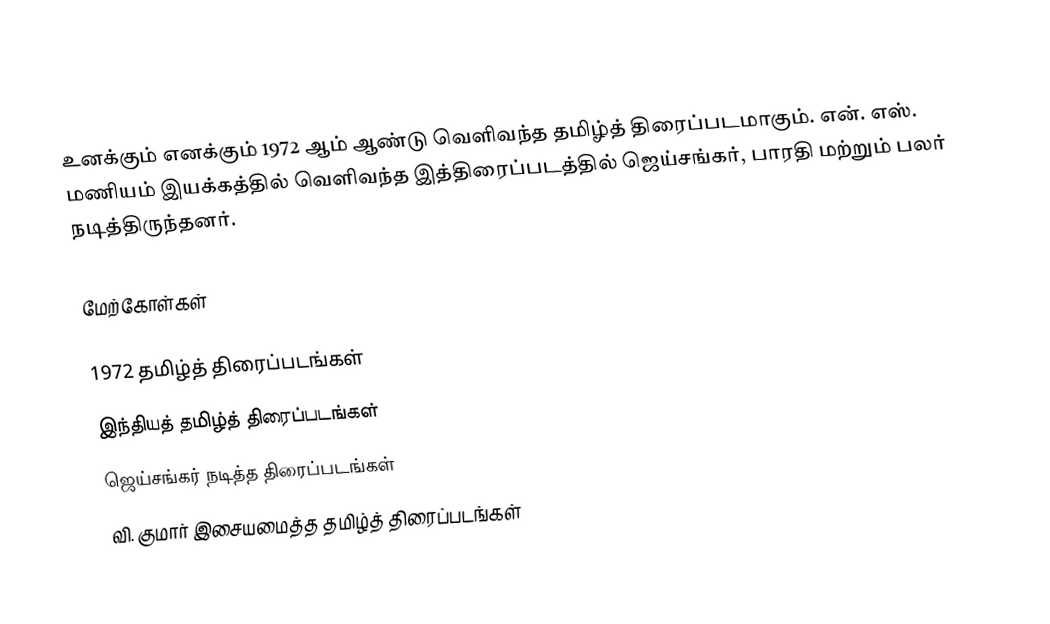
உனக்கும் எனக்கும் 1972 ஆம் ஆண்டு வெளிவந்த தமிழ்த் திரைப்படமாகும். என். எஸ். மணியம் இயக்கத்தில் வெளிவந்த இத்திரைப்படத்தில் ஜெய்சங்கர், பாரதி மற்றும் பலர் நடித்திருந்தனர்.

மேற்கோள்கள்

1972 தமிழ்த் திரைப்படங்கள்
இந்தியத் தமிழ்த் திரைப்படங்கள்
ஜெய்சங்கர் நடித்த திரைப்படங்கள்
வி. குமார் இசையமைத்த தமிழ்த் திரைப்படங்கள்